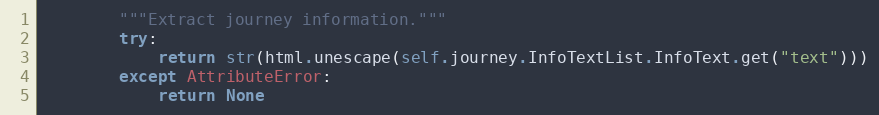
Language: Python
        """Extract journey information."""
        try:
            return str(html.unescape(self.journey.InfoTextList.InfoText.get("text")))
        except AttributeError:
            return None